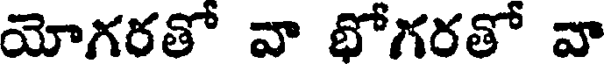
యోగరతో వా భోగరతో వా